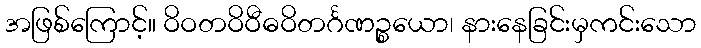
အဖြစ်ကြောင့်။ ဝိဝတဝိဝီဓဝိတင်္ဂဏဉ္စယော၊ နားနေခြင်းမှကင်းသော